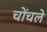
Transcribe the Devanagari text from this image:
चोंचले